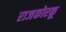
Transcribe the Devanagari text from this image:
राजकोरकू